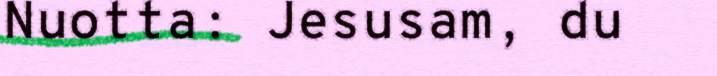
Nuotta: Jesusam, du